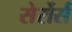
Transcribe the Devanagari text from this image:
सेर्रोर्स